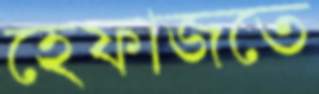
হেফাজতে